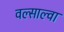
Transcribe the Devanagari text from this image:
वल्साल्वा